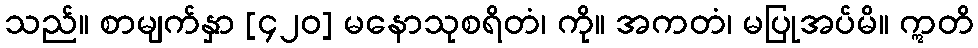
သည်။ စာမျက်နှာ [၄၂၀] မနောသုစရိတံ၊ ကို။ အကတံ၊ မပြုအပ်မိ။ ဣတိ